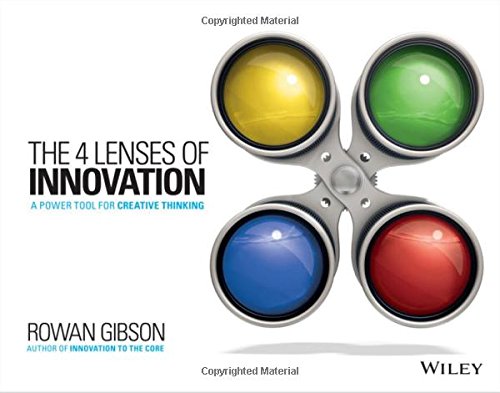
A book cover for The Four Lenses of Innovation: A Power Tool for Creative Thinking; Rowan Gibson; Business & Money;